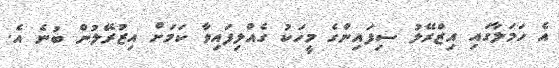
އެ ހަމަލާގައި އިޒްރޭލު ސިފައިންގެ މީހަކު ގެއްލިފައިވާ ކަމަށް އިޒުރޭލުން ބުނެ އެ.